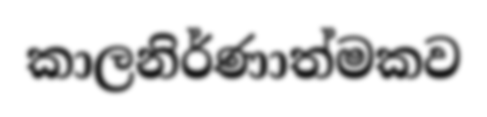
කාලනිර්ණාත්මකව